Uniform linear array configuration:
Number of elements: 4
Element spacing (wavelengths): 0.75
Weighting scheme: hann
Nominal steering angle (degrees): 30
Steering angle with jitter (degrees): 29.615
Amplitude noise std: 0.05
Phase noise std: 0.05

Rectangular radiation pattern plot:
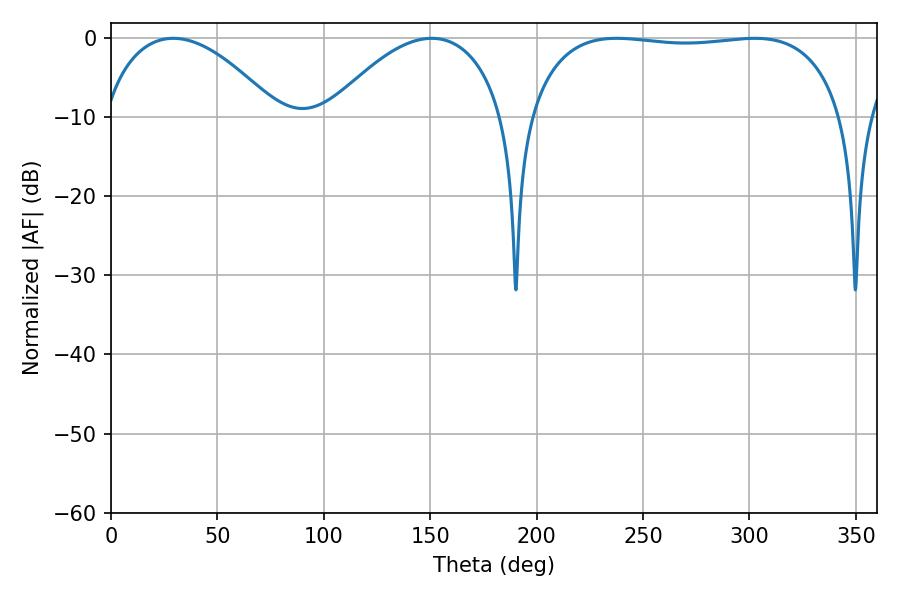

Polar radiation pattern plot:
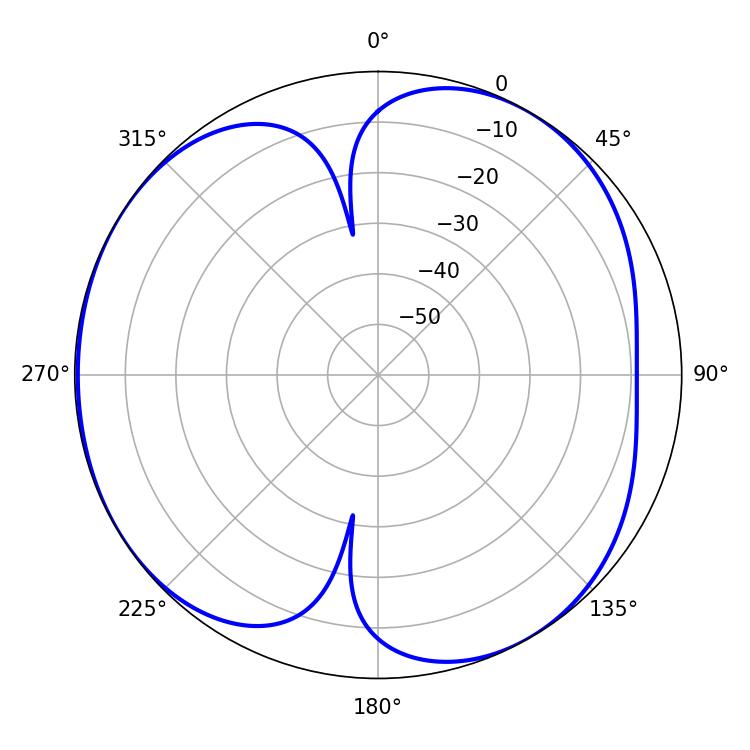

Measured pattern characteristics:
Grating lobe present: TRUE
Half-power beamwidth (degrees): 118.44
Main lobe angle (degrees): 237.6